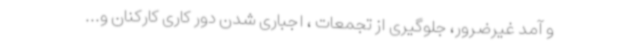
و آمد غیرضرور، جلوگیری از تجمعات ، اجباری شدن دور کاری کارکنان و...